Vaccination in Bombay 1856-1862 - 1856-1862
Year: 1856
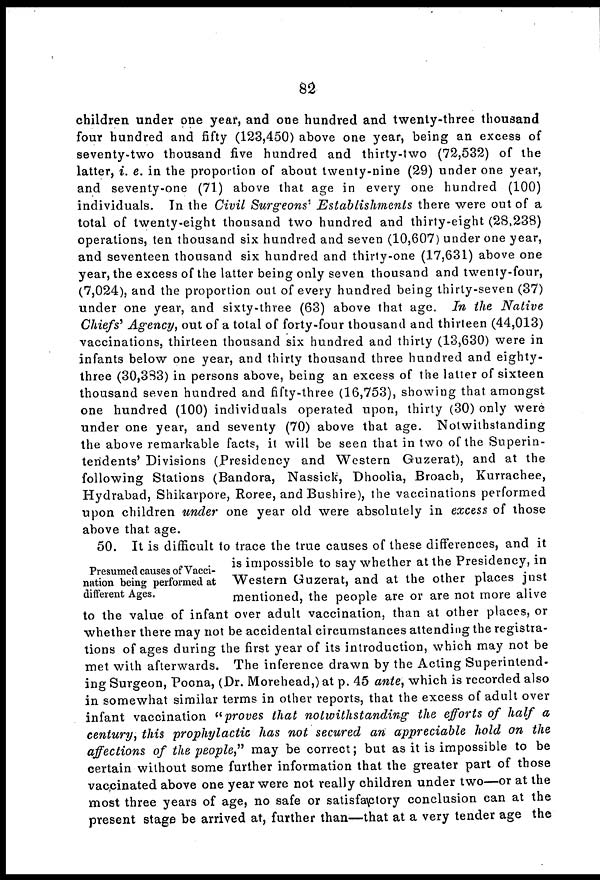
82
children under one year, and one hundred and twenty-three thousand
four hundred and fifty (123,450) above one year, being an excess of
seventy-two thousand five hundred and thirty-two (72,532) of the
latter, i. e. in the proportion of about twenty-nine (29) under one year,
and seventy-one (71) above that age in every one hundred (100)
individuals. In the Civil Surgeons' Establishments
there were out of a
total of twenty-eight thousand two hundred and thirty-eight (28,238)
operations, ten thousand six hundred and seven (10,607) under one year,
and seventeen thousand six hundred and thirty-one (17,631) above one
year, the excess of the latter being only seven thousand and twenty-four,
(7,024), and the proportion out of every hundred being thirty-seven (37)
under one year, and sixty-three (63) above that age. In the Native
Chiefs' Agency, out of a total of forty-four thousand and thirteen (44,013)
vaccinations, thirteen thousand six hundred and thirty (13,630) were in
infants below one year, and thirty thousand three hundred and eighty-
three (30,383) in persons above, being an excess of the latter of sixteen
thousand seven hundred and fifty-three (16,753), showing that amongst
one hundred (100) individuals operated upon, thirty (30) only were
under one year, and seventy (70) above that age. Notwithstanding
the above remarkable facts, it will be seen that in two of the Superin-
tendents' Divisions (Presidency and Western Guzerat), and at the
following Stations (Bandora, Nassick, Dhoolia, Broach, Kurrachee,
Hydrabad, Shikarpore, Roree, and Bushire), the vaccinations performed
upon children under one year old were absolutely in excess of those
above that age.
Presumed causes of Vacci-
nation being performed at
different Ages.
50. It is difficult to trace the true causes of these differences, and it
is impossible to say whether at the Presidency, in
Western Guzerat, and at the other places just
mentioned, the people are or are not more alive
to the value of infant over adult vaccination, than at other places, or
whether there may not be accidental circumstances attending the registra-
tions of ages during the first year of its introduction, which may not be
met with afterwards. The inference drawn by the Acting Superintend-
ing Surgeon, Poona, (Dr. Morehead,)at p. 45 ante, which is recorded also
in somewhat similar terms in other reports, that the excess of adult over
infant vaccination "proves that notwithstanding
the efforts of half a
century, this prophylactic has not secured an appreciable hold on the
affections of the people," may be correct; but as it is impossible to be
certain without some further information that the greater part of those
vaccinated above one year were not really children under two—or at the
most three years of age, no safe or satisfactory conclusion can at the
present stage be arrived at, further than—that at a very tender age the